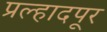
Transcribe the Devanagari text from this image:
प्रल्हादपूर